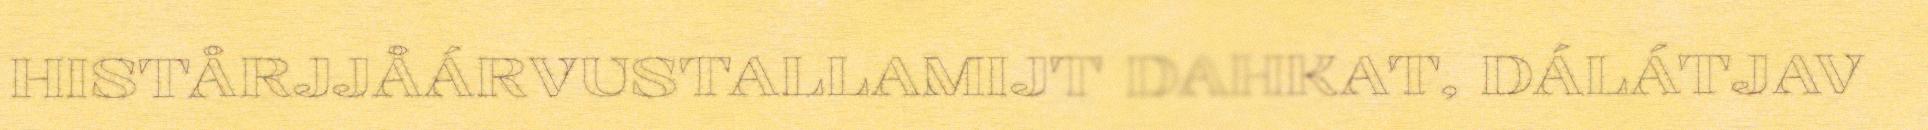
HISTÅRJJÅÁRVUSTALLAMIJT DAHKAT, DÁLÁTJAV